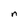
Character: n